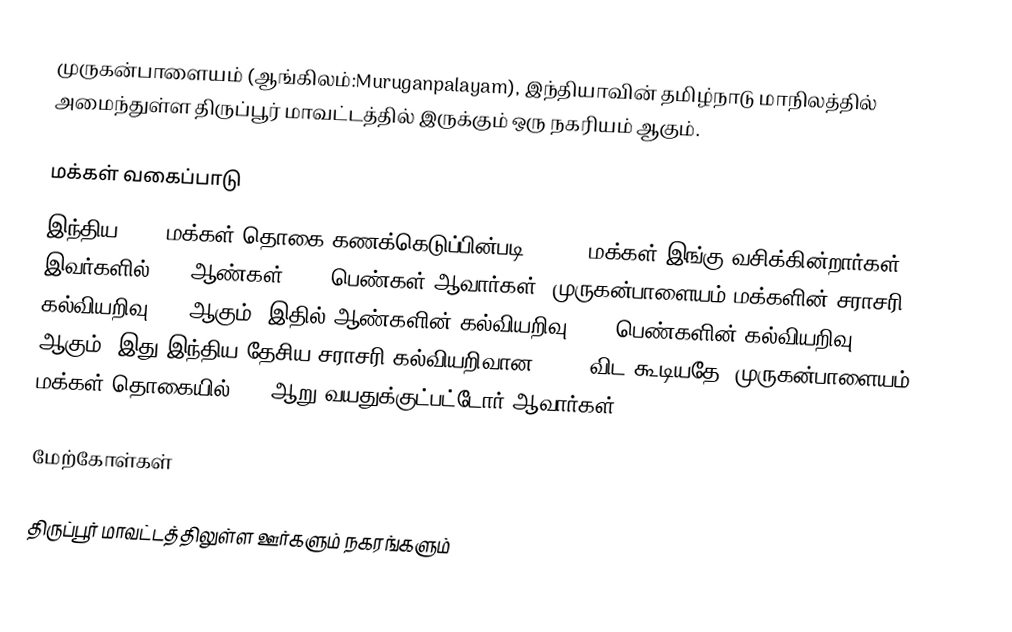
முருகன்பாளையம் (ஆங்கிலம்:Muruganpalayam), இந்தியாவின் தமிழ்நாடு மாநிலத்தில் அமைந்துள்ள திருப்பூர் மாவட்டத்தில் இருக்கும் ஒரு நகரியம்  ஆகும்.

மக்கள் வகைப்பாடு
இந்திய 2001 மக்கள் தொகை கணக்கெடுப்பின்படி 14,431 மக்கள் இங்கு வசிக்கின்றார்கள். இவர்களில் 52% ஆண்கள், 48% பெண்கள் ஆவார்கள். முருகன்பாளையம் மக்களின் சராசரி கல்வியறிவு 64% ஆகும்,  இதில் ஆண்களின் கல்வியறிவு 73%,  பெண்களின் கல்வியறிவு 55% ஆகும். இது இந்திய தேசிய சராசரி கல்வியறிவான 59.5% விட கூடியதே. முருகன்பாளையம் மக்கள் தொகையில் 12%  ஆறு வயதுக்குட்பட்டோர் ஆவார்கள்.

மேற்கோள்கள்

திருப்பூர் மாவட்டத்திலுள்ள ஊர்களும் நகரங்களும்